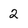
Character: 2